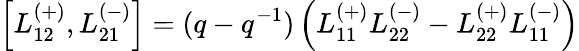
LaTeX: \left[L_{12}^{(+)},L_{21}^{(-)}\right]=(q-q^{-1})\left(L_{11}^{(+)}L_{22}^{(-)}-L_{22}^{(+)}L_{11}^{(-)}\right)